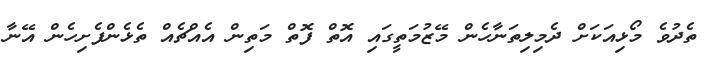
ތެދުވެ މޯޅިއަކަށް ދެމިލިތަނާހެން މޭޒުމަތީގައި އޮތް ފޮތް މަތިން އެއްޗެއް ތެޅެންފެށިހެން އޭނާ